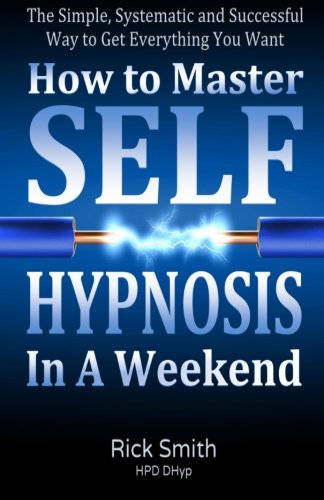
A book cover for How To Master Self-Hypnosis in a Weekend: The Simple, Systematic and Successful Way to Get Everything You Want; Rick Smith; Self-Help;